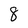
Character: 8